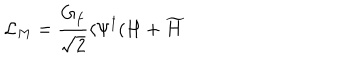
LaTeX: { \cal L } _ { M } = \frac { G _ { f } } { \sqrt { 2 } } \langle \Psi ^ { \dagger } ( H + \widetilde { H }